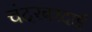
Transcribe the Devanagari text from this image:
चंदरबरदाई